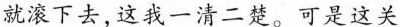
就滚下去，这我一清二楚。可是这关